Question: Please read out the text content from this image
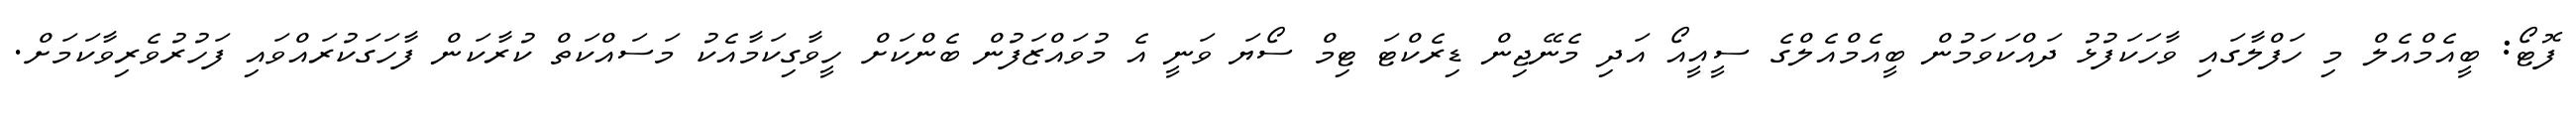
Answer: ފޮޓޯ: ބީއެމްއެލް މި ހަފްލާގައި ވާހަކަފުޅު ދައްކަވަމުން ބީއެމްއެލްގެ ސީއީއޯ އަދި މެނޭޖިން ޑިރެކްޓަ ޓިމް ސޯޔަ ވަނީ އެ މުވައްޒަފުން ބެންކަށް ހީވާގިކަމާއެކު މަސައްކަތް ކުރާކަން ފާހަގަކުރައްވައި ފަހުރުވެރިވާކަމަށް.